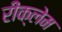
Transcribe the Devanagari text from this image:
रीक्लेम